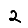
Digit: 2